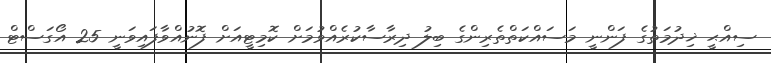
ސިއްޙީ ޚިދުމަތުގެ ފަންނީ މަސައްކަތްތެރިންގެ ބިލު ދިރާސާކުރެއްވުމަށް ކޮމިޓީއަށް ފޮނުއްވާފައިވަނީ 25 އޯގަސްޓް